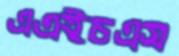
এএইচএস